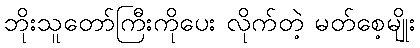
ဘိုးသူတော်ကြီးကိုပေး လိုက်တဲ့ မတ်စေ့မျိုး